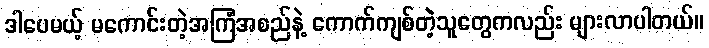
ဒါပေမယ့် မကောင်းတဲ့အကြံအစည်နဲ့ ကောက်ကျစ်တဲ့သူတွေကလည်း များလာပါတယ်။